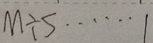
M \div 5 \cdots 1